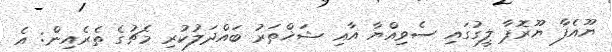
ޔޫއެފާ ޔޫރޮޕާ ލީގުގައި ސެވިއްޔާ އާއި ޝަޚްތަރު ބައްދަލުކުރި މެޗުގެ ތެރެއިން: އެ